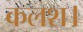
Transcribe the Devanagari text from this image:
कलश।